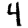
Digit: 4